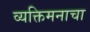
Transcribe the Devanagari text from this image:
व्यक्तिमनाचा